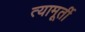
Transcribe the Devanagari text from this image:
त्यामूर्ती